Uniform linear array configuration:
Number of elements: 64
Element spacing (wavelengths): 0.75
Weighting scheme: exponential
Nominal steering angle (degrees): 30
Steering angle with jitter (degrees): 29.372
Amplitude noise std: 0.05
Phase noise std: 0.05

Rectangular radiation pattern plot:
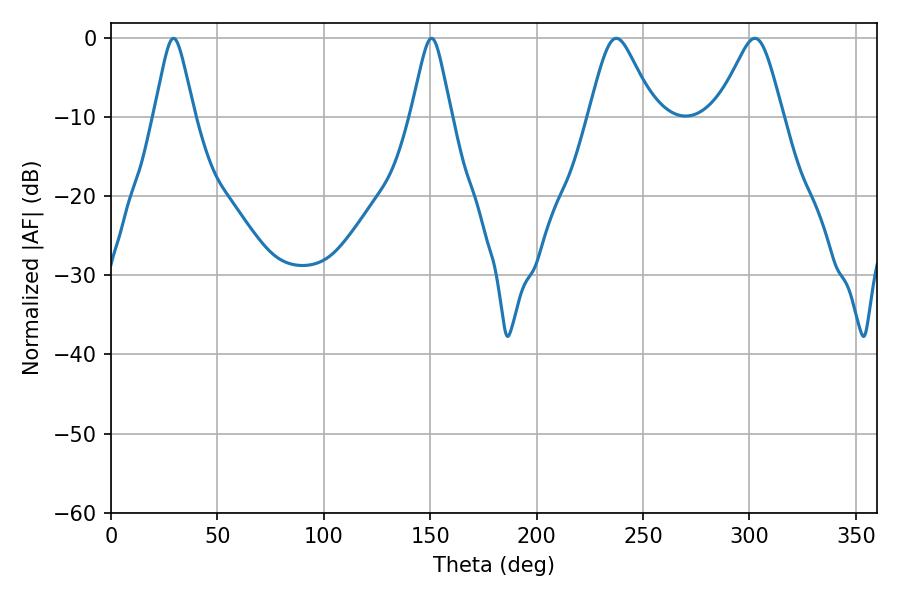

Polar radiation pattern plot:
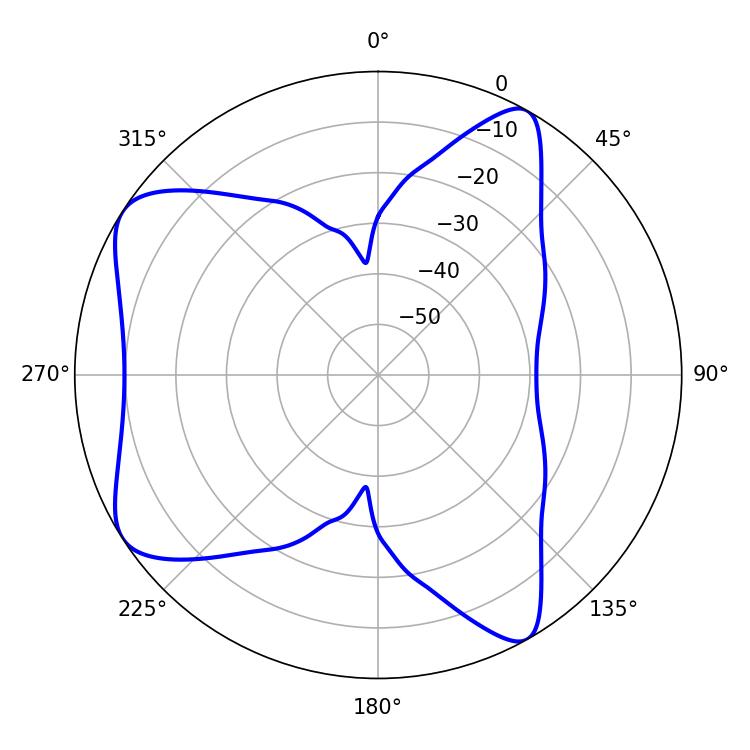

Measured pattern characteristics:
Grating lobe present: TRUE
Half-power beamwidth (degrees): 14.94
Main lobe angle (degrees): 237.42